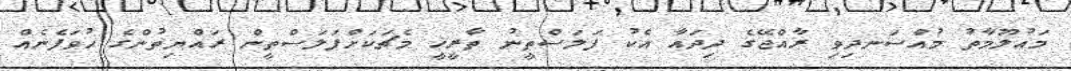
މައުލޫމާތު މުއްސަނދިވި ރާއްޖޭގެ ދިދައާ އެކު ފަލަސްތީނު ތާރީޚީ މެޗަކަށްފަލަސްތީން ރައްޔިތުންގެ ހުވަފެނެއް